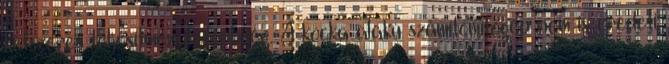
kétszeres teljesítménykülönbség. A kocka alakú számítómítógép nem is eredeti